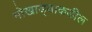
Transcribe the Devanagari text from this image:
मोखाड्याकडील